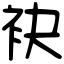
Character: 袂